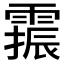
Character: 𫕫